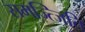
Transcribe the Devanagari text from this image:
समज्त्जिति